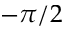
- \pi / 2